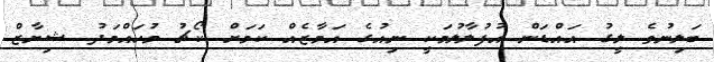
ބަލިނުވެ ލީގު އައްޑަން އުފުލާލުމަކީ ނިއުގެ އަމާޒެއް ކަމަށް ކޯޗު މުހައްމަދު ޝިޔާޒް